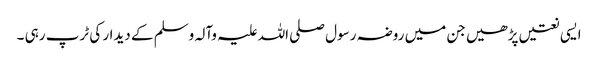
ایسی نعتیں پڑھیں جن میں روضہ رسول صلی اللہ علیہ وآلہ وسلم کے دیدار کی ٹرپ رہی ۔